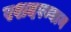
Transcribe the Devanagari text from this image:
रशदरम्यान